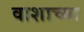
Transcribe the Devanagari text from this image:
वाशाच्या